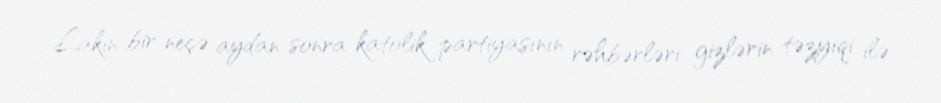
Lakin bir neçə aydan sonra katolik partiyasının rəhbərləri gizlərin təzyiqi ilə